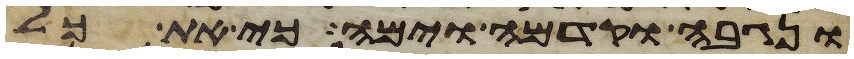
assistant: ונגבה וקדמה וימה כי את כל